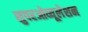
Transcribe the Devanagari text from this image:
सुपरओव्यूलेशन